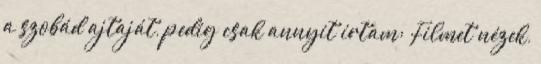
a szobád ajtaját, pedig csak annyit írtam: Filmet nézek,